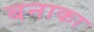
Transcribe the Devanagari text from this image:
बनाका